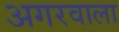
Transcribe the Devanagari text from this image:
अगरवाला